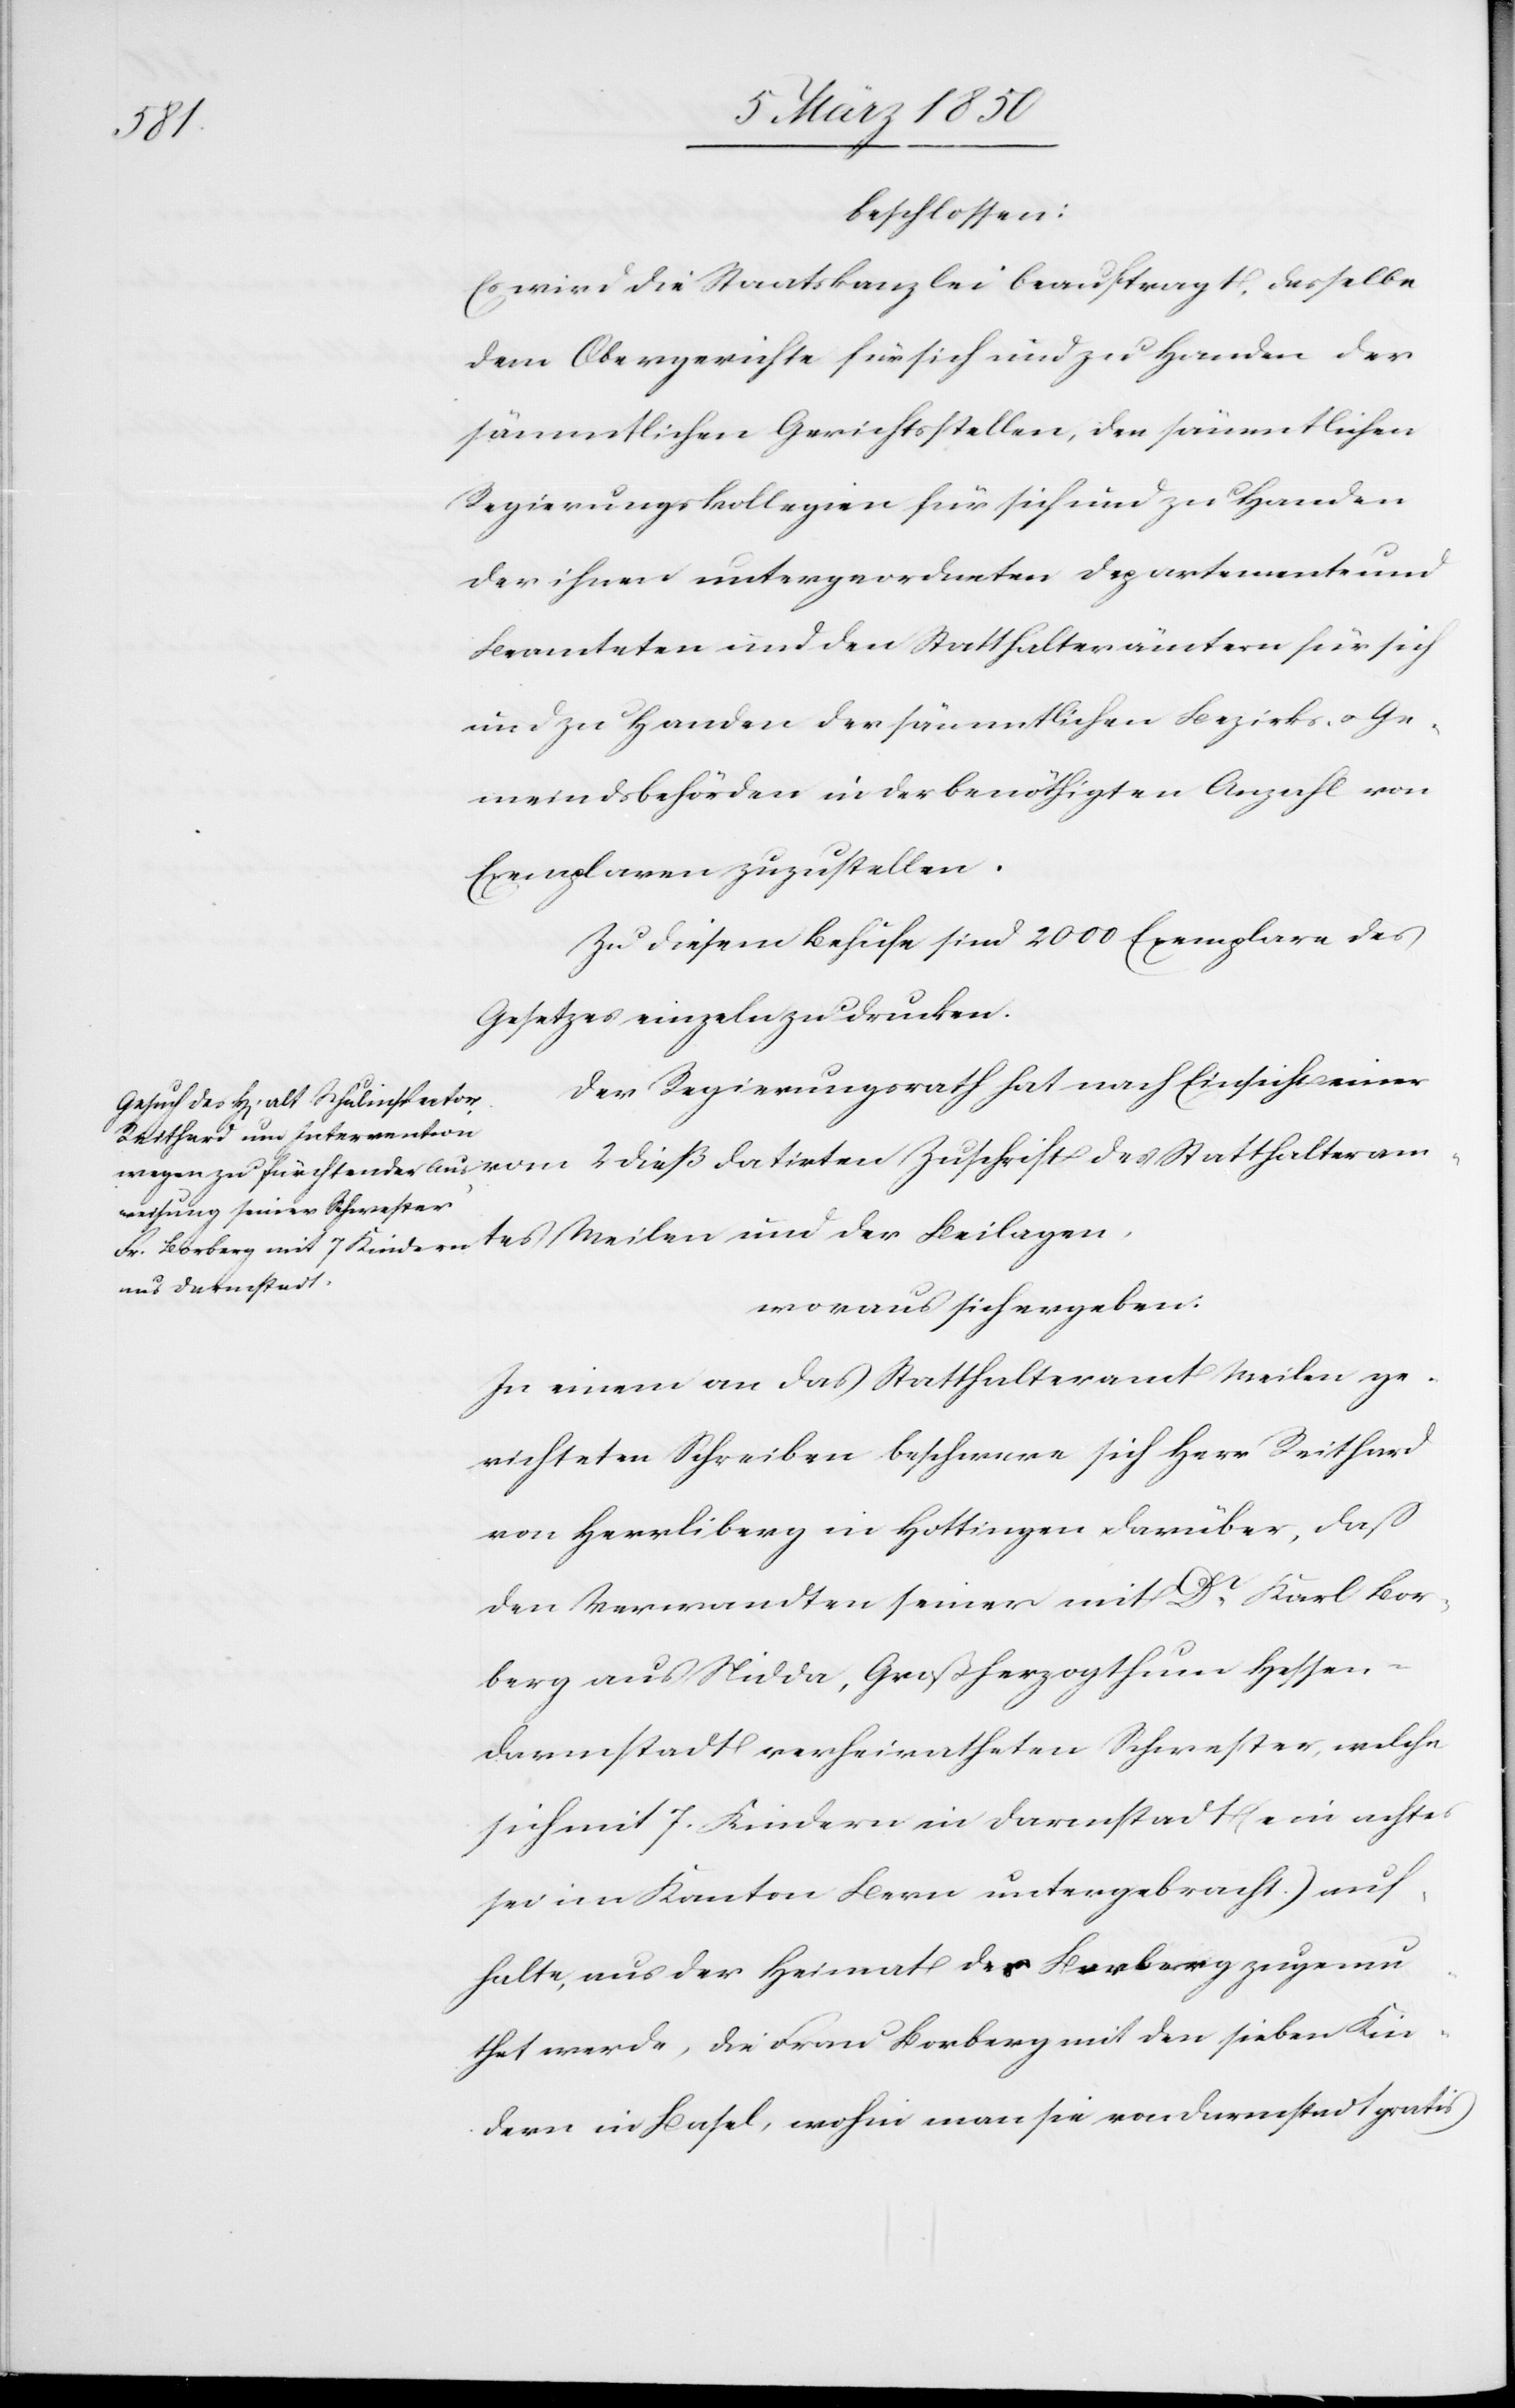
beschlossen:
Es wird die Staatskanzlei beauftragt, dasselbe
dem Obergerichte für sich und zu Handen der
sämmtlichen Gerichtsstellen, den sämmtlichen
Regierungskollegien für sich und zu Handen
der ihnen untergeordneten Departemente und
Beamteten und den Statthalterämtern für sich
und zu Handen der sämmtlichen Bezirks- u. Ge¬
meindsbehörden in der benöthigten Anzahl von
Exemplaren zuzustellen.
Zu diesem Behufe sind 2000 Exemplare des
Gesetzes einzeln zu drucken.
Der Regierungsrath hat nach Einsicht einer
Meilen und der Beilagen,
woraus sich ergeben:
In einem an das Statthalteramt Meilen ge¬
richteten Schreiben beschwere sich Herr Reithard
von Herrliberg in Hottingen darüber, daß
den Verwandten seiner mit Dr Karl Bor¬
berg aus Nidda, Großherzogthum Hessen-D¬
armstadt verheiratheten Schwester, welche
sich mit 7. Kindern in Darmstadt (ein achtes
sei im Kanton Bern untergebracht) auf¬
halte, aus der Heimat des Borberg zugemu¬
thet werde, die Frau Borberg mit den sieben Kin¬
dern in Basel, wohin man sie von Darmstadt gratis